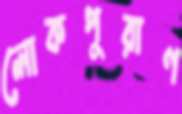
লোকপুরাণ